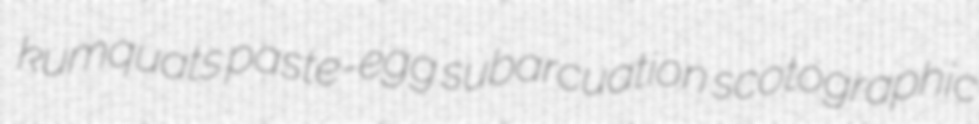
kumquats paste-egg subarcuation scotographic